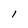
Character: 1